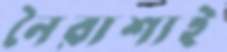
নৈরাশ্যই